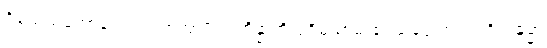
ဝိသေသတောယေဝ သဗ္ဗတြာပိ အဘိန္နာတိ ပုရိမယာမံ ဧဝသဒ္ဒေ ကတပရိကမ္မော